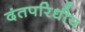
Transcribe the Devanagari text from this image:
दंतपरिधीय